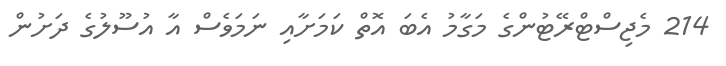
214 މެޖިސްޓްރޭޓުންގެ މަގާމު އެބަ އޮތް ކަމަށާއި ނަމަވެސް އާ އުސޫލުގެ ދަށުން